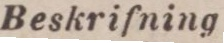
Beskriſning